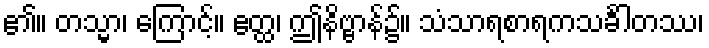
၏။ တသ္မာ၊ ကြောင့်။ ဧတ္ထ၊ ဤနိဗ္ဗာန်၌။ သံသာရစာရကသင်္ခါတဿ၊